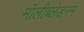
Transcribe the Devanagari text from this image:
मॉलीब्लेडनम